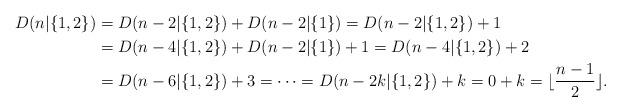
LaTeX: \begin{align*}D(n\lvert\{1,2\})&=D(n-2\lvert\{1,2\})+D(n-2\lvert\{1\})=D(n-2\lvert\{1,2\})+1\\&=D(n-4\lvert\{1,2\})+D(n-2\lvert\{1\})+1=D(n-4\lvert\{1,2\})+2\\&=D(n-6\lvert\{1,2\})+3=\cdots=D(n-2k\lvert\{1,2\})+k=0+k=\lfloor\frac{n-1}2\rfloor.\end{align*}